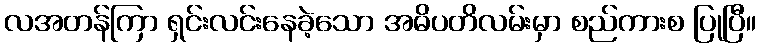
လအတန်ကြာ ရှင်းလင်းနေခဲ့သော အဓိပတိလမ်းမှာ စည်ကားစ ပြုပြီ။